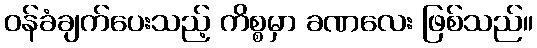
ဝန်ခံချက်ပေးသည့် ကိစ္စမှာ ခဏလေး ဖြစ်သည်။